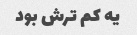
یه کم ترش بود